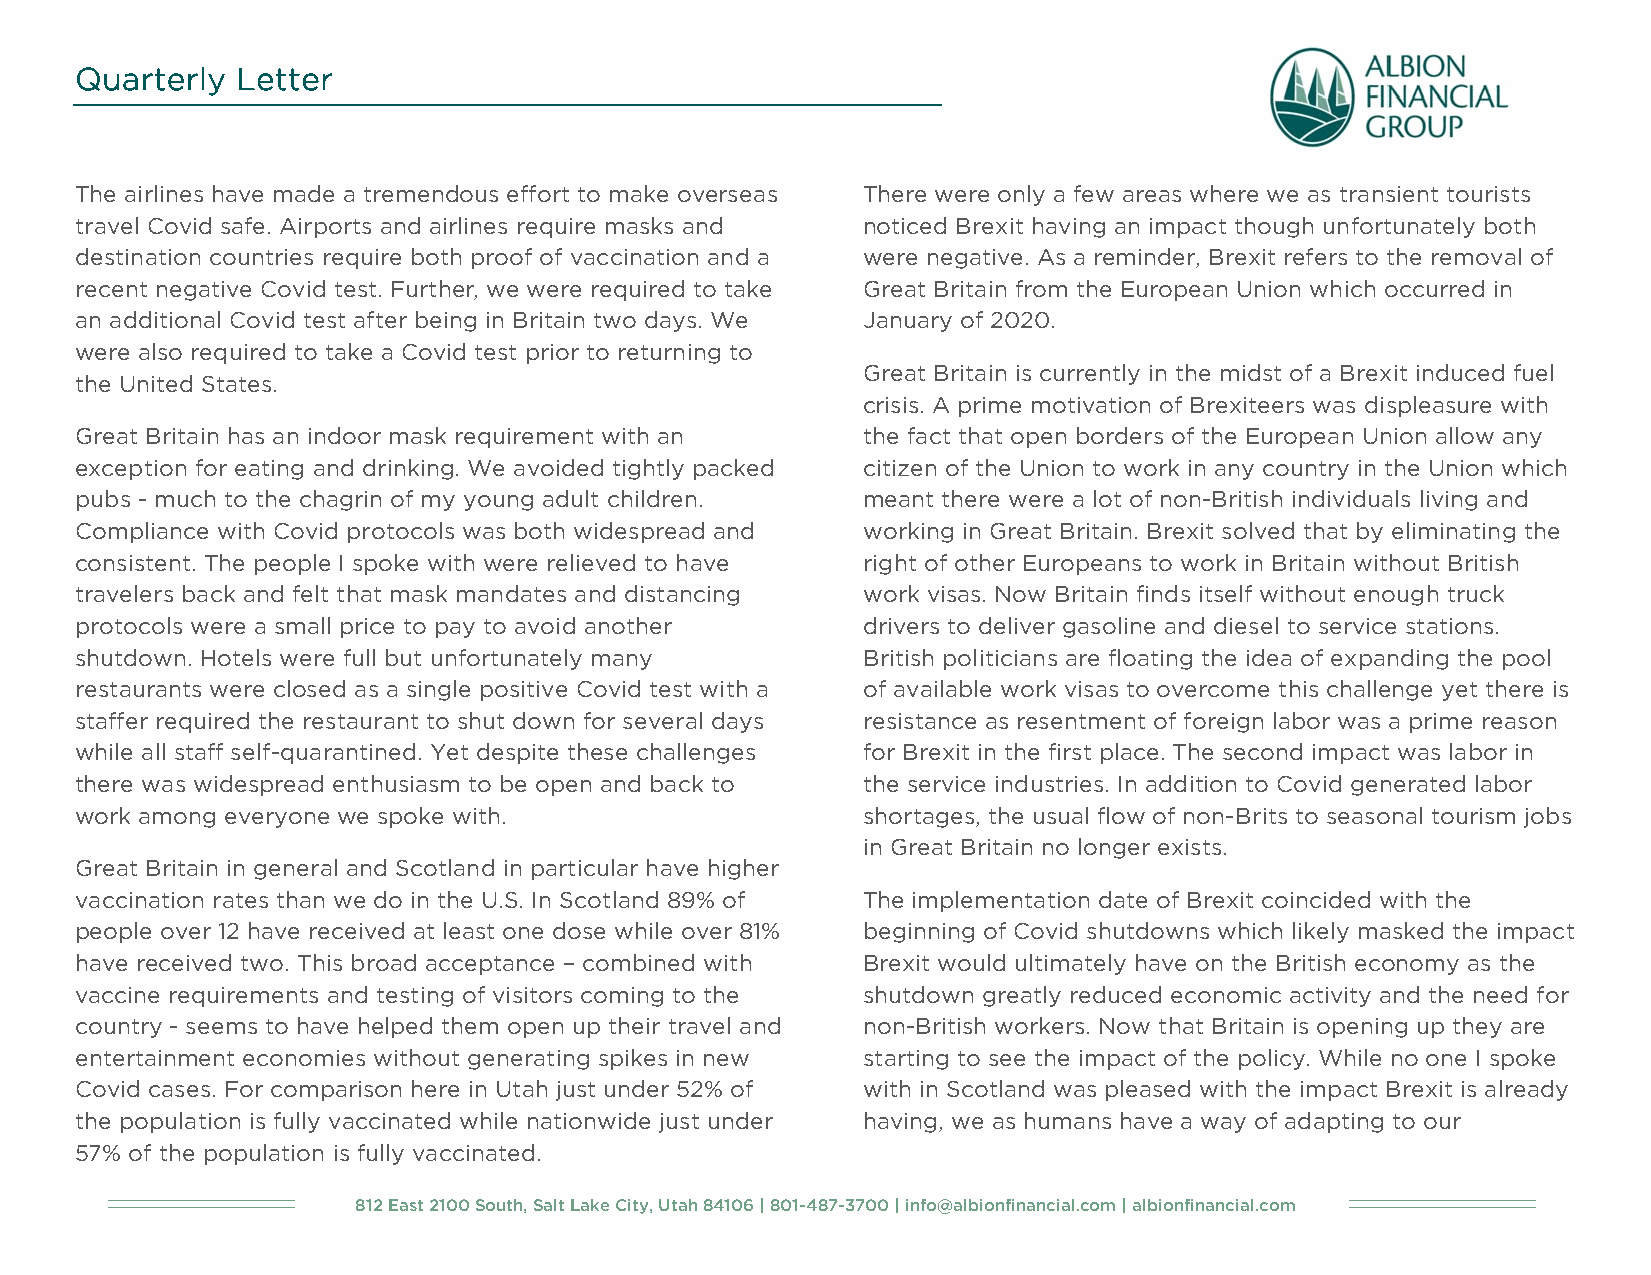
Quarterly  Letter
 The airlines have made a tremendous effort to make overseas There were only a few areas where we as transient tourists
 travel Covid safe. Airports and airlines require masks and noticed Brexit having an impact though unfortunately both
 destination countries require both proof of vaccination and a were negative. As a reminder, Brexit refers to the removal of
 recent negative Covid test. Further, we were required to take Great Britain from the European Union which occurred in
 an additional Covid test after being in Britain two days. We January of 2020.
 were also required to take a Covid test prior to returning to
 Great Britain is currently in the midst of a Brexit induced fuel
 the United States.
 crisis. A prime motivation of Brexiteers was displeasure with
 Great Britain has an indoor mask requirement with an the fact that open borders of the European Union allow any
 exception for eating and drinking. We avoided tightly packed citizen of the Union to work in any country in the Union which
 pubs - much to the chagrin of my young adult children. meant there were a lot of non-British individuals living and
 Compliance with Covid protocols was both widespread and working in Great Britain. Brexit solved that by eliminating the
 consistent. The people I spoke with were relieved to have right of other Europeans to work in Britain without British
 travelers back and felt that mask mandates and distancing work visas. Now Britain finds itself without enough truck
 protocols were a small price to pay to avoid another drivers to deliver gasoline and diesel to service stations.
 shutdown. Hotels were full but unfortunately many   British politicians are floating the idea of expanding the pool
 restaurants were closed as a single positive Covid test with a of available work visas to overcome this challenge yet there is
 staffer required the restaurant to shut down for several days resistance as resentment of foreign labor was a prime reason
 while all staff self-quarantined. Yet despite these challenges for Brexit in the first place. The second impact was labor in
 there was widespread enthusiasm to be open and back to the service industries. In addition to Covid generated labor
 work among everyone we spoke with.                  shortages, the usual flow of non-Brits to seasonal tourism jobs
 in Great Britain no longer exists.
 Great Britain in general and Scotland in particular have higher
 vaccination rates than we do in the U.S. In Scotland 89% of The implementation date of Brexit coincided with the
 people over 12 have received at least one dose while over 81% beginning of Covid shutdowns which likely masked the impact
 have received two. This broad acceptance – combined with Brexit would ultimately have on the British economy as the
 vaccine requirements and testing of visitors coming to the shutdown greatly reduced economic activity and the need for
 country - seems to have helped them open up their travel and non-British workers. Now that Britain is opening up they are
 entertainment economies without generating spikes in new starting to see the impact of the policy. While no one I spoke
 Covid cases. For comparison here in Utah just under 52% of with in Scotland was pleased with the impact Brexit is already
 the population is fully vaccinated while nationwide just under having, we as humans have a way of adapting to our
 57% of the population is fully vaccinated.
 812 East 2100 South, Salt Lake City, Utah 84106 | 801-487-3700 | info@albionfinancial.com | albionfinancial.com